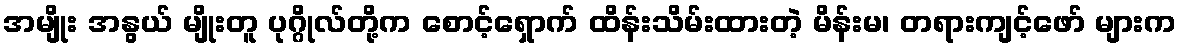
အမျိုး အနွယ် မျိုးတူ ပုဂ္ဂိုလ်တို့က စောင့်ရှောက် ထိန်းသိမ်းထားတဲ့ မိန်းမ၊ တရားကျင့်ဖော် များက